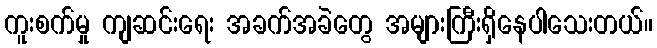
ကူးစက်မှု ကျဆင်းရေး အခက်အခဲတွေ အများကြီးရှိနေပါသေးတယ်။